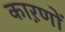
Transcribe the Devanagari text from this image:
काऱणों